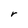
Character: r